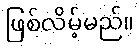
ဖြစ်လိမ့်မည်။